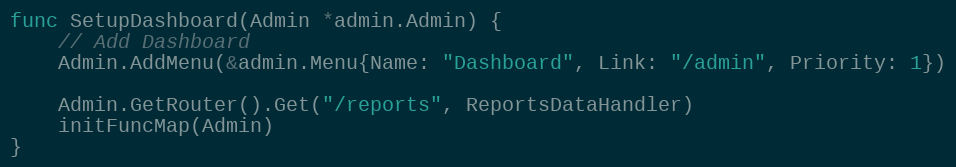
Language: Go
func SetupDashboard(Admin *admin.Admin) {
	// Add Dashboard
	Admin.AddMenu(&admin.Menu{Name: "Dashboard", Link: "/admin", Priority: 1})

	Admin.GetRouter().Get("/reports", ReportsDataHandler)
	initFuncMap(Admin)
}